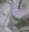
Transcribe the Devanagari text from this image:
गढ़ो